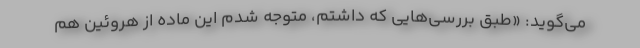
می‌گوید: «طبق بررسی‌هایی که داشتم، متوجه شدم این ماده از هروئین هم